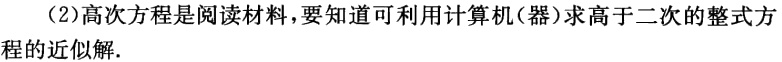
（2）高次方程是阅读材料，要知道可利用计算机（器）求高于二次的整式方程的近似解.